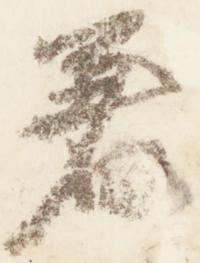
着